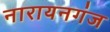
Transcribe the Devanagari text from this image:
नारायनगंज